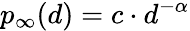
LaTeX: p_{\infty}(d)=c\cdot d^{-\alpha}